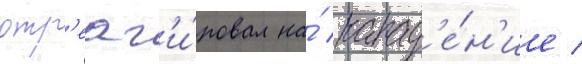
отр'еаг'и́ровал на́ напад'е́н'ие /